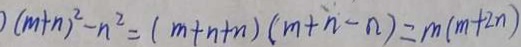
) ( m + n ) ^ { 2 } - n ^ { 2 } = ( m + n + n ) ( m + n - n ) = m ( m + 2 n )